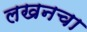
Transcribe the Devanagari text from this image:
लखनचा